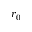
r _ { 0 }